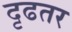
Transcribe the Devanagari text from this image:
दृढतर